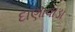
દાણાવાડા